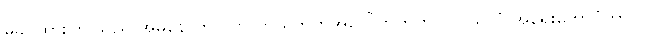
မခင်ထားကြူသည် အမိနောက်လိုက် ဘယ်ဘက်အပေါ်ဘက်တွင် လွယ်လုံ အရေးတော်ပုံကာလ